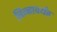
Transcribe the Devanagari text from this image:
चिन्हापर्यंत